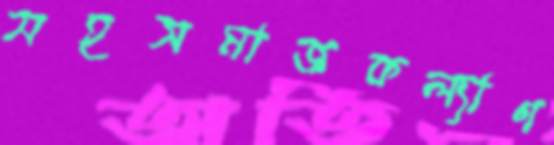
সহসমাজকল্যাণ